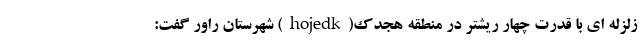
زلزله ای با قدرت چهار ریشتر در منطقه هجدک(hojedk) شهرستان راور گفت: